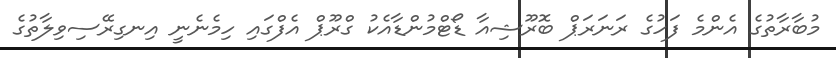
މުބާރާތުގެ އެންމެ ފަހުގެ ރަނަރަޕް ބޮރޫޝިއާ ޑޯޓްމުންޑާއެކު ގްރޫޕް އެފްގައި ހިމެނެނީ އިނގިރޭސިވިލާތުގެ